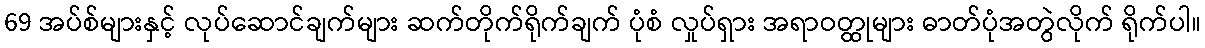
69 အပ်စ်များနှင့် လုပ်ဆောင်ချက်များ ဆက်တိုက်ရိုက်ချက် ပုံစံ လှုပ်ရှား အရာဝတ္ထုများ ဓာတ်ပုံအတွဲလိုက် ရိုက်ပါ။